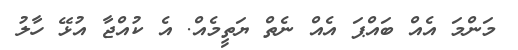
މަންމަ އެއް ބައްޕަ އެއް ނެތް ޔަތީމެއް. އެ ކުއްޖާ އުޅޭ ހާލު